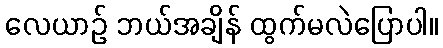
လေယာဉ် ဘယ်အချိန် ထွက်မလဲပြောပါ။